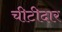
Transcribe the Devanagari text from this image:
चीटीदार